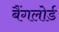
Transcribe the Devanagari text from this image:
बैंगलोर्ड